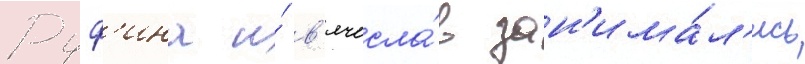
Руф'ина и́ в'ячесла́в зан'има́л'ись